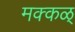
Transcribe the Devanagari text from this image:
मक्कळ्